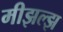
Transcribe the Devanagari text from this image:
मीझल्झ